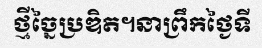
ថ្មីច្នៃប្រឌិត។នាព្រឹកថ្ងៃទី